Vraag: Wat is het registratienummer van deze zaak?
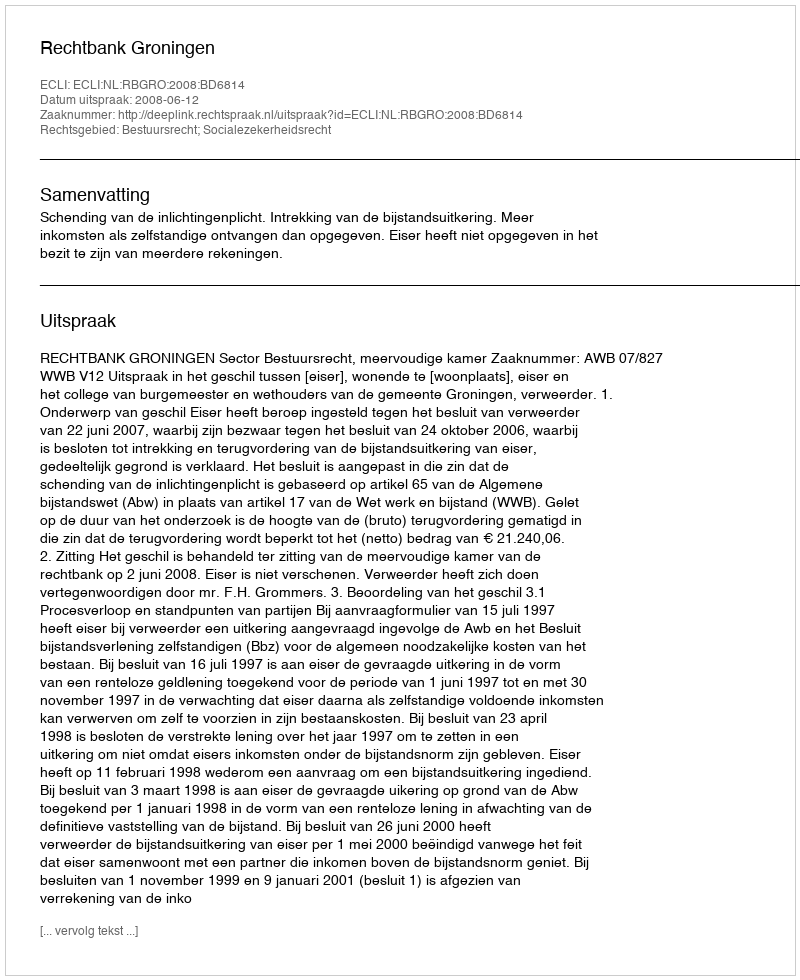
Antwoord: http://deeplink.rechtspraak.nl/uitspraak?id=ECLI:NL:RBGRO:2008:BD6814